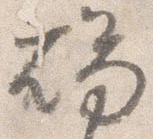
燭